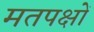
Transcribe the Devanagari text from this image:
मतपक्षों